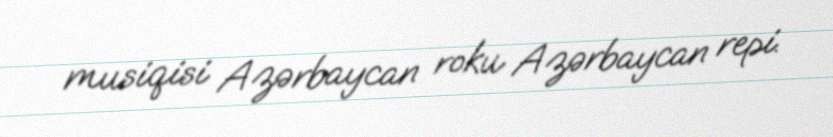
musiqisi Azərbaycan roku Azərbaycan repi.